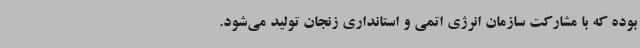
بوده که با مشارکت سازمان انرژی اتمی و استانداری زنجان تولید می‌شود.